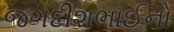
જગદીશભાઈનો